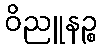
ဝိညူနဉ္စ